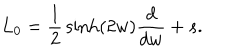
LaTeX: L _ { 0 } = \frac { 1 } { 2 } \, \sinh ( 2 w ) \frac { d } { d w } + s .